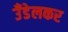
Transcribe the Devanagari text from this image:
उँडेलकर